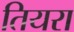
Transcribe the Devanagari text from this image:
तियरा